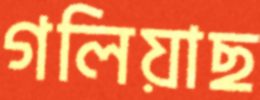
গলিয়াছ